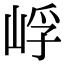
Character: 㟊